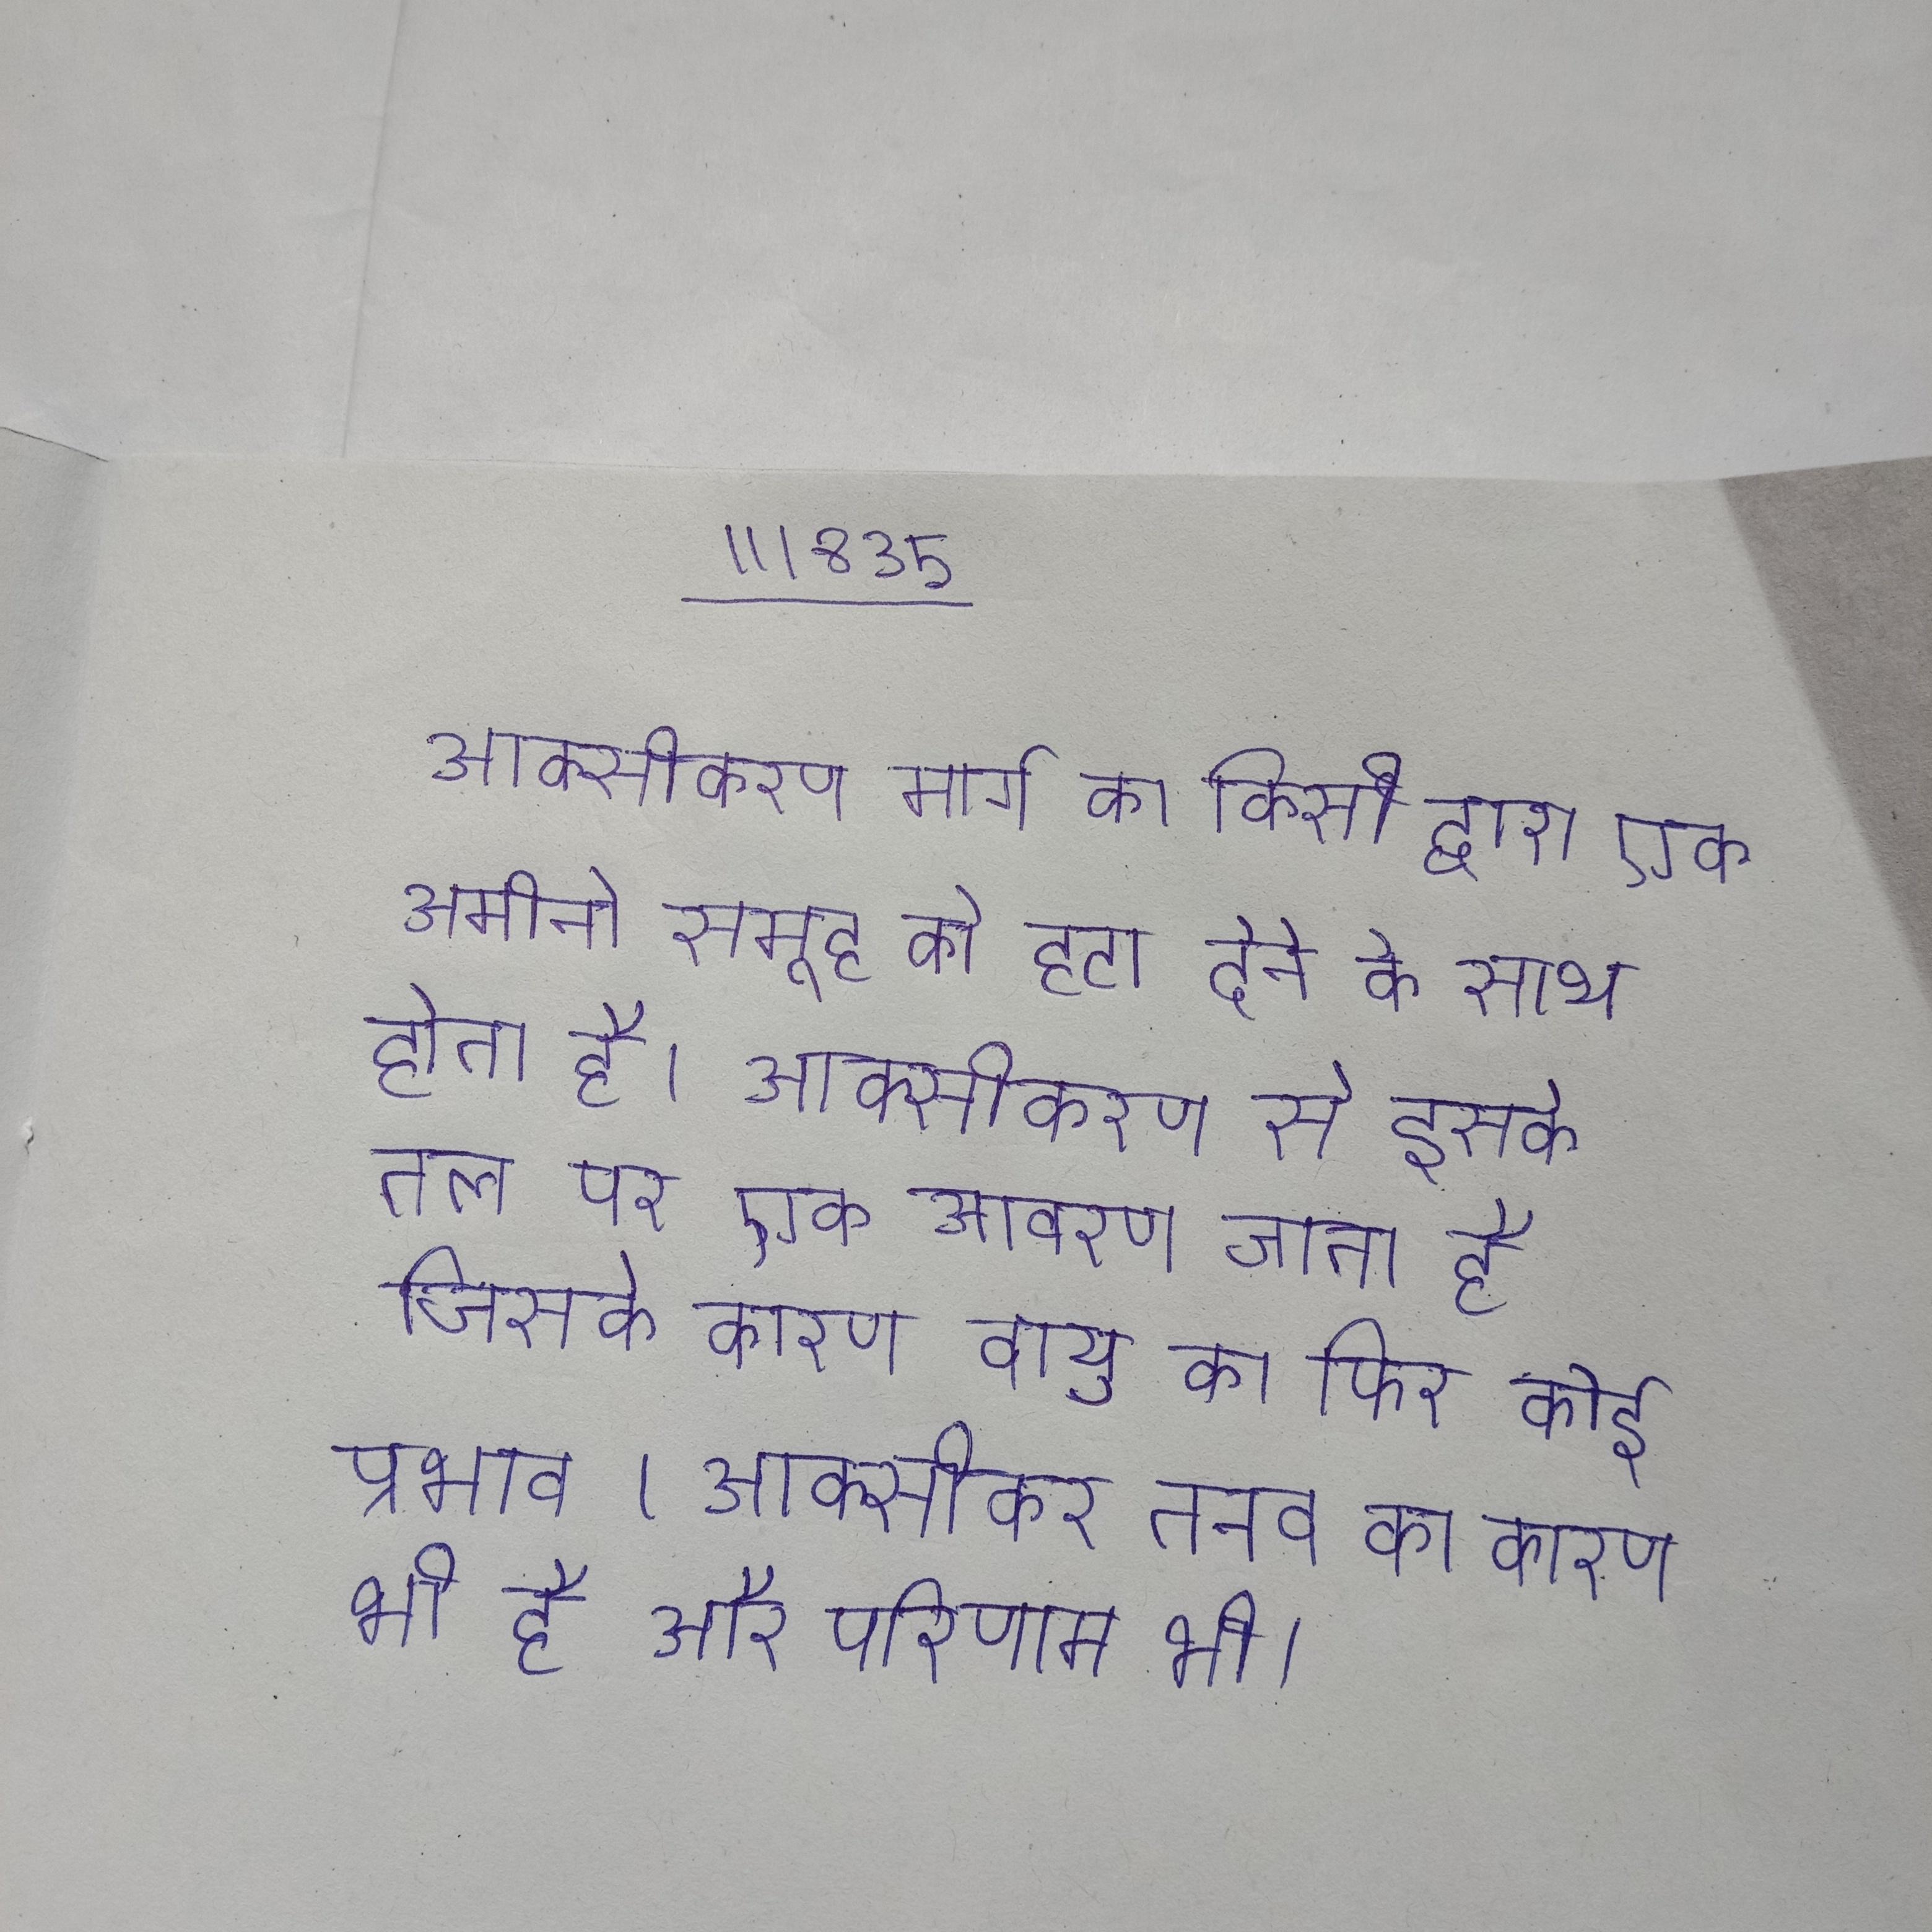
आक्सीकरण मार्ग का किसी द्वारा एक अमीनो समूह को हटा देने के साथ होता है । आक्सीकरण से इसके तल पर एक आवरण जाता है जिसके कारण वायु का फिर कोई प्रभाव । आक्सीकर तनाव का कारण भी है और परिणाम भी ।